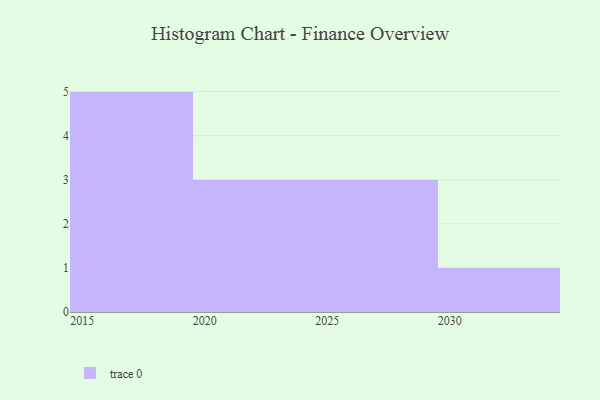
{"axis": {"x": "Year", "y": "Bounce Rate (%)"}, "legend": [""], "data": [{"x": "2019", "y": 3, "type": ""}, {"x": "2016", "y": 94, "type": ""}, {"x": "2027", "y": 58, "type": ""}, {"x": "2030", "y": 82, "type": ""}, {"x": "2023", "y": 13, "type": ""}, {"x": "2022", "y": 37, "type": ""}, {"x": "2024", "y": 14, "type": ""}, {"x": "2025", "y": 37, "type": ""}, {"x": "2017", "y": 6, "type": ""}, {"x": "2029", "y": 15, "type": ""}, {"x": "2018", "y": 95, "type": ""}, {"x": "2015", "y": 35, "type": ""}]}